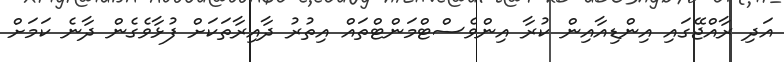
އަދި ރާއްޖޭގައި އިންޑިއާއިން ކުރާ އިންވެސްޓްމަންޓްތައް އިތުރު ދާއިރާތަކަށް ފުޅާވެގެން ދާނެ ކަމަށް